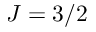
J = 3 / 2